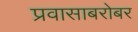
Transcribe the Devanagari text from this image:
प्रवासाबरोबर